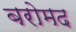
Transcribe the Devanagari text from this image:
बरोमद